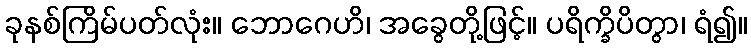
ခုနစ်ကြိမ်ပတ်လုံး။ ဘောဂေဟိ၊ အခွေတို့ဖြင့်။ ပရိက္ခိပိတွာ၊ ရံ၍။